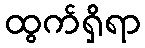
ထွက်ရှိရာ